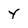
Character: Y